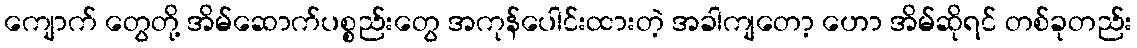
ကျောက် တွေတို့ အိမ်ဆောက်ပစ္စည်းတွေ အကုန်ပေါင်းထားတဲ့ အခါကျတော့ ဟော အိမ်ဆိုရင် တစ်ခုတည်း